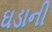
ઘડાની